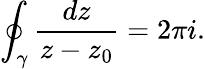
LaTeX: \oint_{\gamma}{\frac{dz}{z-z_{0}}}=2\pi i.